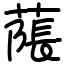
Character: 𦹥